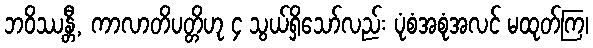
ဘဝိဿန္တီ, ကာလာတိပတ္တိဟု ၄ သွယ်ရှိသော်လည်း ပုံစံအစုံအလင် မထုတ်ကြ၊